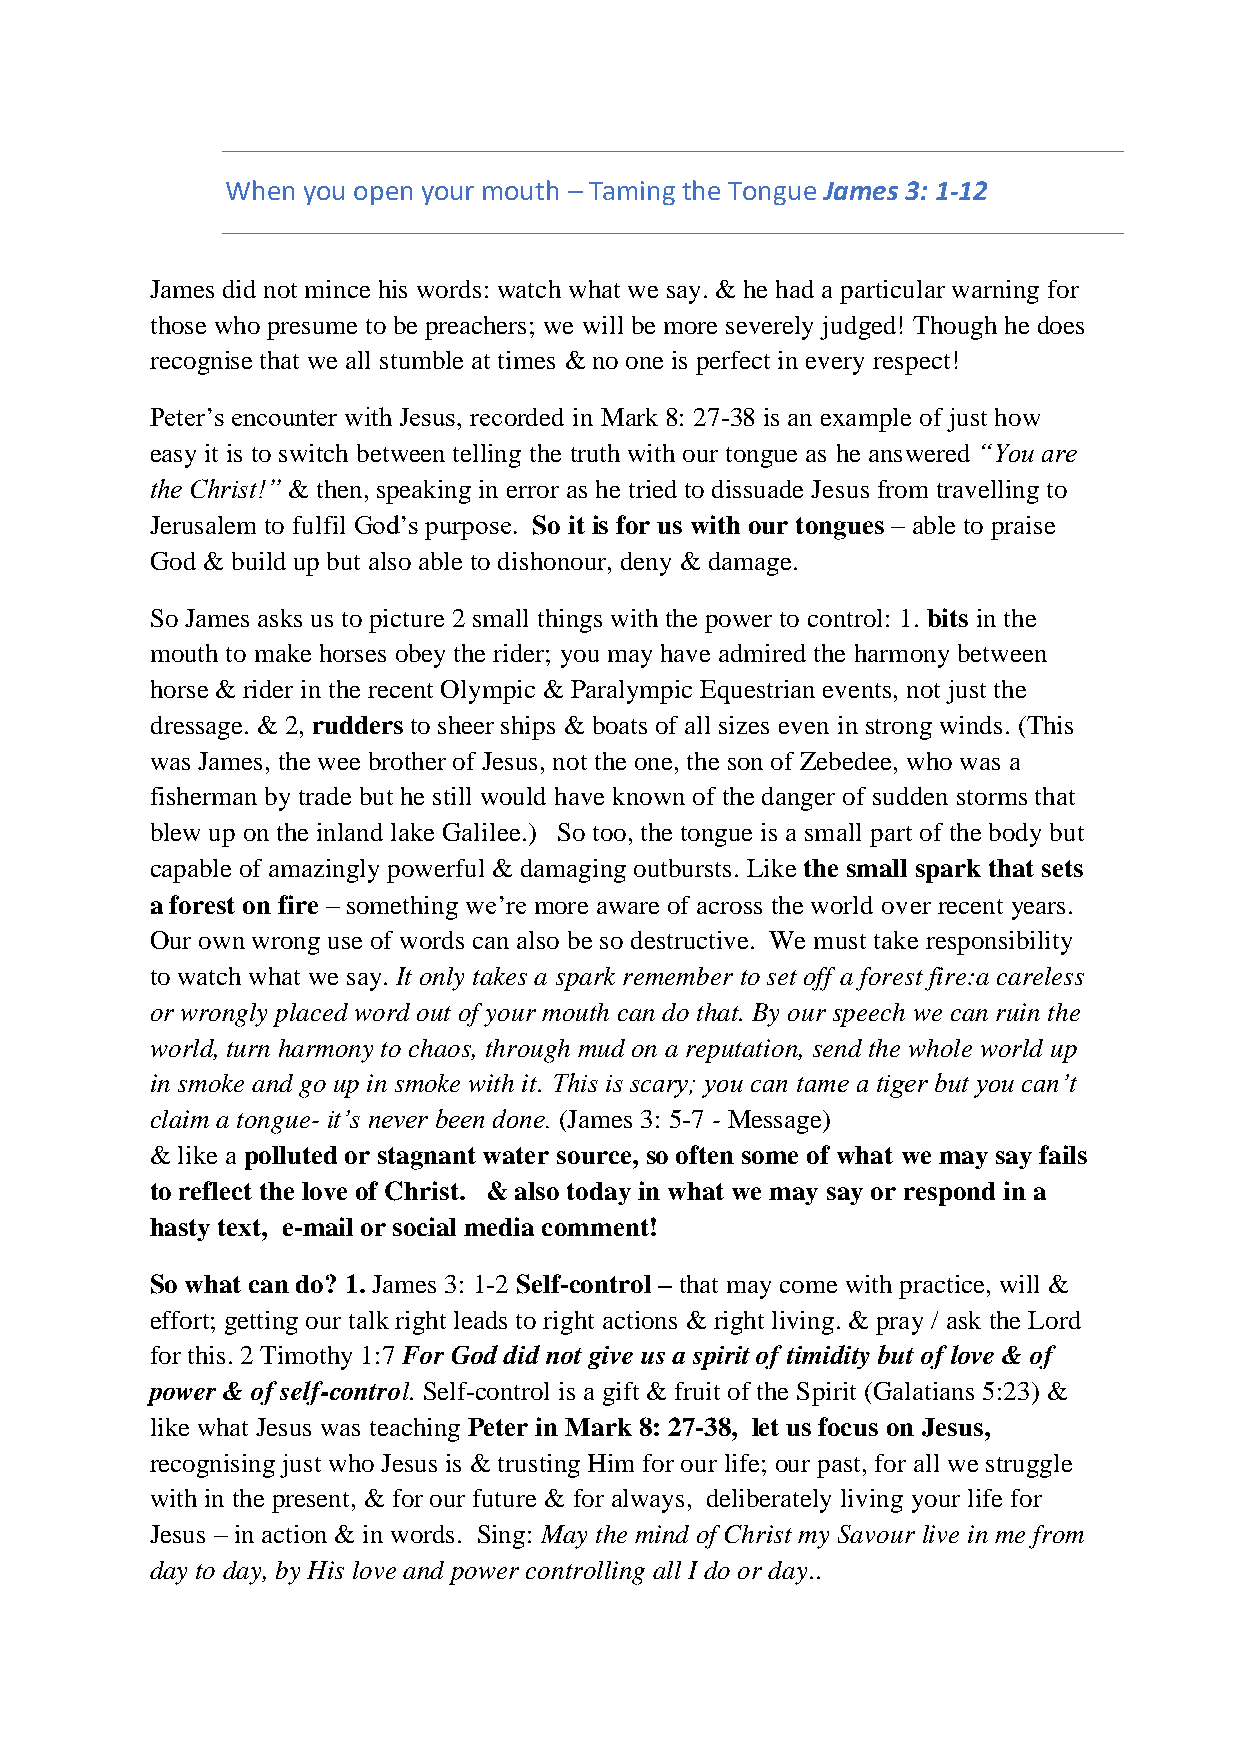
When you open your mouth – Taming the Tongue James 3: 1-12
 James did not mince his words: watch what we say. & he had a particular warning for
 those who presume to be preachers; we will be more severely judged! Though he does
 recognise that we all stumble at times & no one is perfect in every respect!
 Peter’s encounter with Jesus, recorded in Mark 8: 27-38 is an example of just how
 easy it is to switch between telling the truth with our tongue as he answered “You are
 the Christ!” & then, speaking in error as he tried to dissuade Jesus from travelling to
 Jerusalem to fulfil God’s purpose. So it is for us with our tongues – able to praise
 God & build up but also able to dishonour, deny & damage.
 So James asks us to picture 2 small things with the power to control: 1. bits in the
 mouth to make horses obey the rider; you may have admired the harmony between
 horse & rider in the recent Olympic & Paralympic Equestrian events, not just the
 dressage. & 2, rudders to sheer ships & boats of all sizes even in strong winds. (This
 was James, the wee brother of Jesus, not the one, the son of Zebedee, who was a
 fisherman by trade but he still would have known of the danger of sudden storms that
 blew up on the inland lake Galilee.) So too, the tongue is a small part of the body but
 capable of amazingly powerful & damaging outbursts. Like the small spark that sets
 a forest on fire – something we’re more aware of across the world over recent years.
 Our own wrong use of words can also be so destructive. We must take responsibility
 to watch what we say. It only takes a spark remember to set off a forest fire:a careless
 or wrongly placed word out of your mouth can do that. By our speech we can ruin the
 world, turn harmony to chaos, through mud on a reputation, send the whole world up
 in smoke and go up in smoke with it. This is scary; you can tame a tiger but you can’t
 claim a tongue- it’s never been done. (James 3: 5-7 - Message)
 & like a polluted or stagnant water source, so often some of what we may say fails
 to reflect the love of Christ. & also today in what we may say or respond in a
 hasty text, e-mail or social media comment!
 So what can do? 1. James 3: 1-2 Self-control – that may come with practice, will &
 effort; getting our talk right leads to right actions & right living. & pray / ask the Lord
 for this. 2 Timothy 1:7 For God did not give us a spirit of timidity but of love & of
 power & of self-control. Self-control is a gift & fruit of the Spirit (Galatians 5:23) &
 like what Jesus was teaching Peter in Mark 8: 27-38, let us focus on Jesus,
 recognising just who Jesus is & trusting Him for our life; our past, for all we struggle
 with in the present, & for our future & for always, deliberately living your life for
 Jesus – in action & in words. Sing: May the mind of Christ my Savour live in me from
 day to day, by His love and power controlling all I do or day..